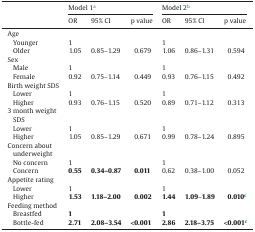
| <ROWSPAN=2>  | <COLSPAN=3> Model 1a | <COLSPAN=3> Model 2b |
 | OR | 95% CI | p value | OR | 95% CI | p value |
 | --- | --- | --- | --- | --- | --- | --- |
 | Age |  |  |  |  |  |  |
 | Younger | 1 |  |  | 1 |  |  |
 | Older | 1.05 | 0.85–1.29 | 0.679 | 1.06 | 0.86–1.31 | 0.594 |
 | Sex |  |  |  |  |  |  |
 | Male | 1 |  |  | 1 |  |  |
 | Female | 0.92 | 0.75–1.14 | 0.449 | 0.93 | 0.76–1.15 | 0.492 |
 | Birth weight SDS |  |  |  |  |  |  |
 | Lower | 1 |  |  | 1 |  |  |
 | Higher | 0.93 | 0.76–1.15 | 0.520 | 0.89 | 0.71–1.12 | 0.313 |
 | 3 month weight SDS |  |  |  |  |  |  |
 | Lower | 1 |  |  | 1 |  |  |
 | Higher | 1.05 | 0.85–1.29 | 0.671 | 0.99 | 0.78–1.24 | 0.895 |
 | Concern about underweight |  |  |  |  |  |  |
 | No concern | 1 |  |  | 1 |  |  |
 | Concern | 0.55 | 0.34–0.87 | 0.011 | 0.62 | 0.38–1.00 | 0.052 |
 | Appetite rating |  |  |  |  |  |  |
 | Lower | 1 |  |  | 1 |  |  |
 | Higher | 1.53 | 1.18–2.00 | 0.002 | 1.44 | 1.09–1.89 | 0.010c |
 | Feeding method |  |  |  |  |  |  |
 | Breastfed | 1 |  |  | 1 |  |  |
 | Bottle-fed | 2.71 | 2.08–3.54 | <0.001 | 2.86 | 2.18–3.75 | <0.001c |